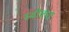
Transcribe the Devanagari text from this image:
स्वीकरा